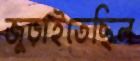
জুড়াইতেছিল